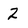
Character: 2